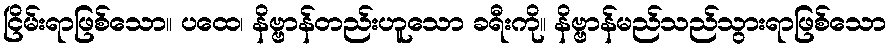
ငြိမ်းရာဖြစ်သော။ ပထေ၊ နိဗ္ဗာန်တည်းဟူသော ခရီးကို။ နိဗ္ဗာန်မည်သည်သွားရာဖြစ်သော